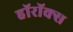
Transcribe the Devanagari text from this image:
हॉरॉक्स